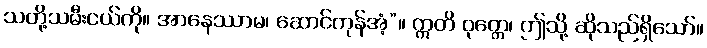
သတို့သမီးငယ်ကို။ အာနေဿာမ၊ ဆောင်ကုန်အံ့”။ ဣတိ ဝုတ္တေ၊ ဤသို့ ဆိုသည်ရှိသော်။